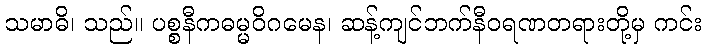
သမာဓိ၊ သည်။ ပစ္စနီကဓမ္မဝိဂမေန၊ ဆန့်ကျင်ဘက်နီဝရဏတရားတို့မှ ကင်း